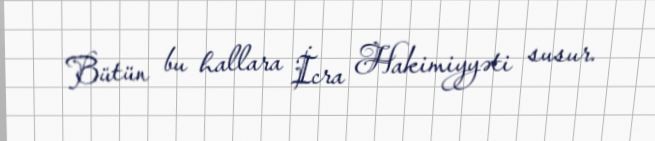
Bütün bu hallara İcra Hakimiyyəti susur.